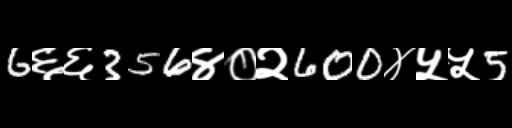
Text: 6६६356४०२600४५५5